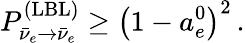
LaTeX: P_{\bar{\nu}_{e}\to\bar{\nu}_{e}}^{(\mathrm{LBL})}\geq\left(1-a_{e}^{0}\right)^{2}\, .